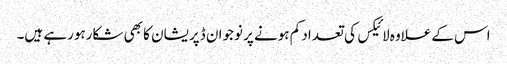
اس کےعلاوہ لائیکس کی تعداد کم ہونے پر نوجوان ڈپریشان کا بھی شکارہورہے ہیں۔